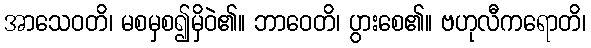
အာသေဝတိ၊ မစမှစ၍မှိဝဲ၏။ ဘာဝေတိ၊ ပွားစေ၏။ ဗဟုလီကရောတိ၊